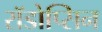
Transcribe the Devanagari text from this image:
रॉडोप्सिन